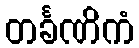
တင်္ခဏိကံ